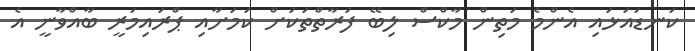
ކަނޑައަޅައި އެންމެ މަތިން މާކްސް ލިބޭ ފަރާތްތަކަށް ކަމަށާއި ޕްރައިމަރީ ބާއްވާނީ އެ